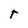
Character: r